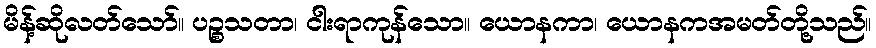
မိန့်ဆိုလတ်သော်။ ပဉ္စသတာ၊ ငါးရာကုန်သော။ ယောနကာ၊ ယောနကအမတ်တို့သည်။